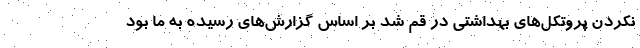
نکردن پروتکل‌های بهداشتی در قم شد بر اساس گزارش‌های رسیده به ما بود